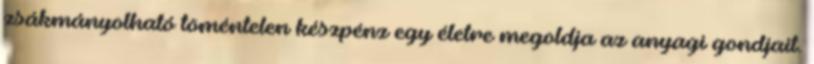
zsákmányolható töméntelen készpénz egy életre megoldja az anyagi gondjait.